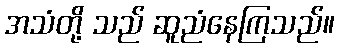
အသံတို့ သည် ဆူညံနေကြသည်။